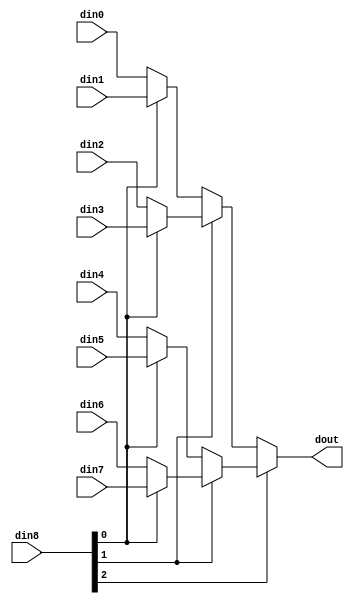
// ==============================================================
// File generated on Wed Apr 01 21:48:49 +0800 2020
// Vivado(TM) HLS - High-Level Synthesis from C, C++ and SystemC v2018.3 (64-bit)
// SW Build 2405991 on Thu Dec  6 23:38:27 MST 2018
// IP Build 2404404 on Fri Dec  7 01:43:56 MST 2018
// Copyright 1986-2018 Xilinx, Inc. All Rights Reserved.
// ==============================================================

`timescale 1ns/1ps

module Layer4_FC_mux_83_dEe #(
parameter
    ID                = 0,
    NUM_STAGE         = 1,
    din0_WIDTH       = 32,
    din1_WIDTH       = 32,
    din2_WIDTH       = 32,
    din3_WIDTH       = 32,
    din4_WIDTH       = 32,
    din5_WIDTH       = 32,
    din6_WIDTH       = 32,
    din7_WIDTH       = 32,
    din8_WIDTH         = 32,
    dout_WIDTH            = 32
)(
    input  [31 : 0]     din0,
    input  [31 : 0]     din1,
    input  [31 : 0]     din2,
    input  [31 : 0]     din3,
    input  [31 : 0]     din4,
    input  [31 : 0]     din5,
    input  [31 : 0]     din6,
    input  [31 : 0]     din7,
    input  [2 : 0]    din8,
    output [31 : 0]   dout);

// puts internal signals
wire [2 : 0]     sel;
// level 1 signals
wire [31 : 0]         mux_1_0;
wire [31 : 0]         mux_1_1;
wire [31 : 0]         mux_1_2;
wire [31 : 0]         mux_1_3;
// level 2 signals
wire [31 : 0]         mux_2_0;
wire [31 : 0]         mux_2_1;
// level 3 signals
wire [31 : 0]         mux_3_0;

assign sel = din8;

// Generate level 1 logic
assign mux_1_0 = (sel[0] == 0)? din0 : din1;
assign mux_1_1 = (sel[0] == 0)? din2 : din3;
assign mux_1_2 = (sel[0] == 0)? din4 : din5;
assign mux_1_3 = (sel[0] == 0)? din6 : din7;

// Generate level 2 logic
assign mux_2_0 = (sel[1] == 0)? mux_1_0 : mux_1_1;
assign mux_2_1 = (sel[1] == 0)? mux_1_2 : mux_1_3;

// Generate level 3 logic
assign mux_3_0 = (sel[2] == 0)? mux_2_0 : mux_2_1;

// output logic
assign dout = mux_3_0;

endmodule